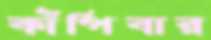
কাঁপিবার